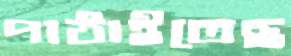
পাঠাইতেছ